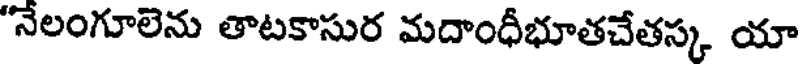
"నేలంగూలెను తాటకాసుర మదాంధీభూతచేతస్క యా